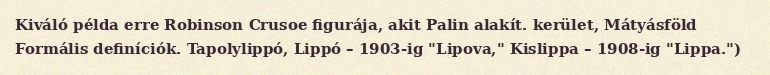
Kiváló példa erre Robinson Crusoe figurája, akit Palin alakít. kerület, Mátyásföld Formális definíciók. Tapolylippó, Lippó – 1903-ig "Lipova," Kislippa – 1908-ig "Lippa.")